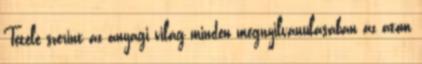
Tétele szerint az anyagi világ minden megnyilvánulásában az atom